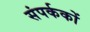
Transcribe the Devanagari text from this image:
संपर्ककों